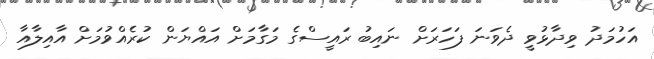
އަހުމަދު ވިދާޅުވީ ދެވަނަ ފަހަރަށް ނައިބު ރައީސްގެ މަގާމަށް އައްޔަން ކުރެއްވުމަށް އާއިލާއާ